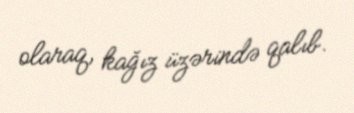
olaraq, kağız üzərində qalıb.